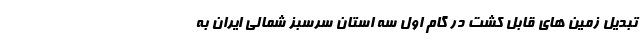
تبدیل زمین های قابل کشت در گام اول سه استان سرسبز شمالی ایران به